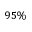
9 5 \%